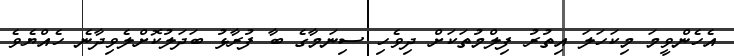
އެހެންވީމަ މިކަހަލަ އިތުރު ފިލްމުތަކަށް ދިވެހި ސިނަމާގެ ބާ ފުރާޅު ބަދަލުކޮށްލެވިދާނެ ހެއްޔެވެ